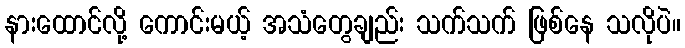
နားထောင်လို့ ကောင်းမယ့် အသံတွေချည်း သက်သက် ဖြစ်နေ သလိုပဲ။